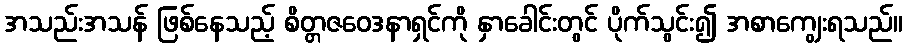
အသည်းအသန် ဖြစ်နေသည့် စိတ္တဇဝေဒနာရှင်ကို နှာခေါင်းတွင် ပိုက်သွင်း၍ အစာကျွေးရသည်။